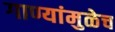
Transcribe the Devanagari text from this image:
गाण्यांमुळेच